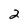
Character: 2